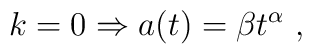
k=0 \Rightarrow a(t) = \beta t^{\alpha}~,